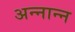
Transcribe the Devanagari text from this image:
अन्नान्न